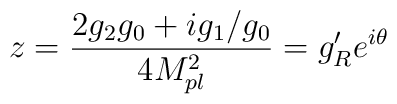
z=\frac{2g_2g_0+ig_1/g_0}{4M_{pl}^2}=g'_R e^{i\theta}